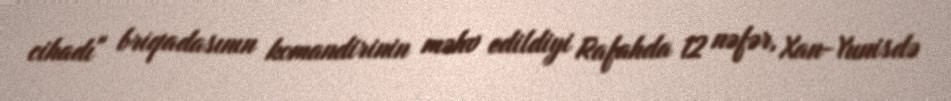
cihadı" briqadasının komandirinin məhv edildiyi Rafahda 12 nəfər, Xan-Yunisdə